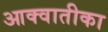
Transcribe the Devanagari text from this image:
आक्वातीका